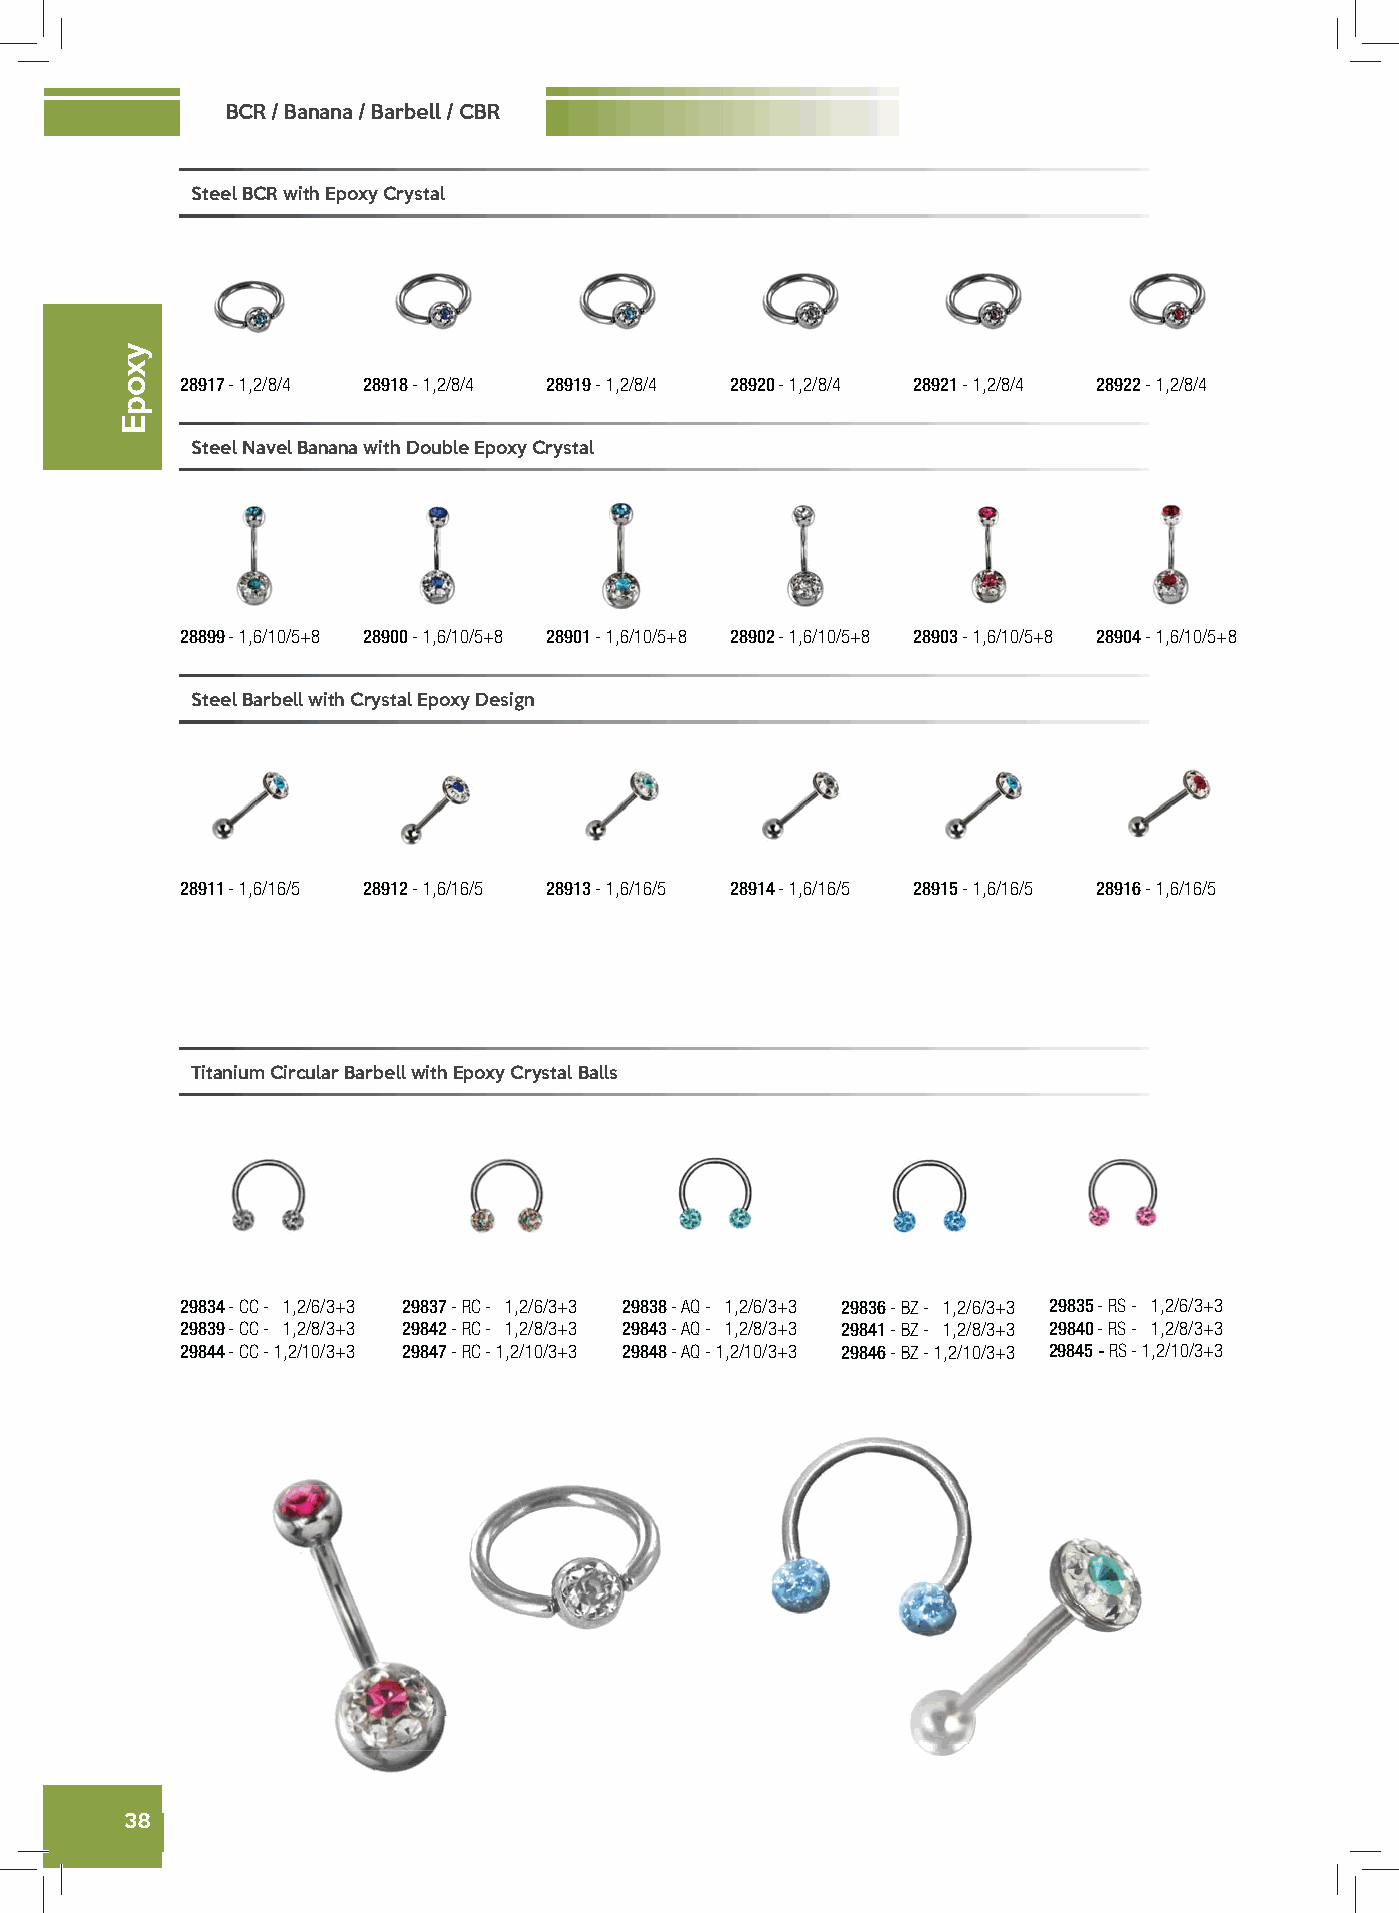
BCR / Banana / Barbell / CBR
 Steel BCR with Epoxy Crystal
 28917 - 1,2/8/4 28918 - 1,2/8/4 28919 - 1,2/8/4 28920 - 1,2/8/4 28921 - 1,2/8/4 28922 - 1,2/8/4
 Steel Navel Banana with Double Epoxy Crystal
 28899 - 1,6/10/5+8 28900 - 1,6/10/5+8 28901 - 1,6/10/5+8 28902 - 1,6/10/5+8 28903 - 1,6/10/5+8 28904 - 1,6/10/5+8
 Steel Barbell with Crystal Epoxy Design
 28911 - 1,6/16/5 28912 - 1,6/16/5 28913 - 1,6/16/5 28914 - 1,6/16/5 28915 - 1,6/16/5 28916 - 1,6/16/5
 Titanium Circular Barbell with Epoxy Crystal Balls
 29834 - CC - 1,2/6/3+3 29837 - RC - 1,2/6/3+3 29838 - AQ - 1,2/6/3+3 29836 - BZ - 1,2/6/3+3 29835 - RS - 1,2/6/3+3
 29839 - CC - 1,2/8/3+3 29842 - RC - 1,2/8/3+3 29843 - AQ - 1,2/8/3+3 29841 - BZ - 1,2/8/3+3 29840 - RS - 1,2/8/3+3
 29844 - CC - 1,2/10/3+3 29847 - RC - 1,2/10/3+3 29848 - AQ - 1,2/10/3+3 29846 - BZ - 1,2/10/3+3 29845 - RS - 1,2/10/3+3
 38
 yxopE